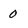
Character: 0